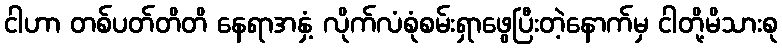
ငါဟာ တစ်ပတ်တိတိ နေရာအနှံ့ လိုက်လံစုံစမ်းရှာဖွေပြီးတဲ့နောက်မှ ငါတို့မိသားစု